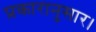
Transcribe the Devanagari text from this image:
प्रकारानुसार।